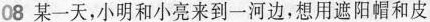
08某一天，小明和小亮来到一河边，想用遮阳帽和皮